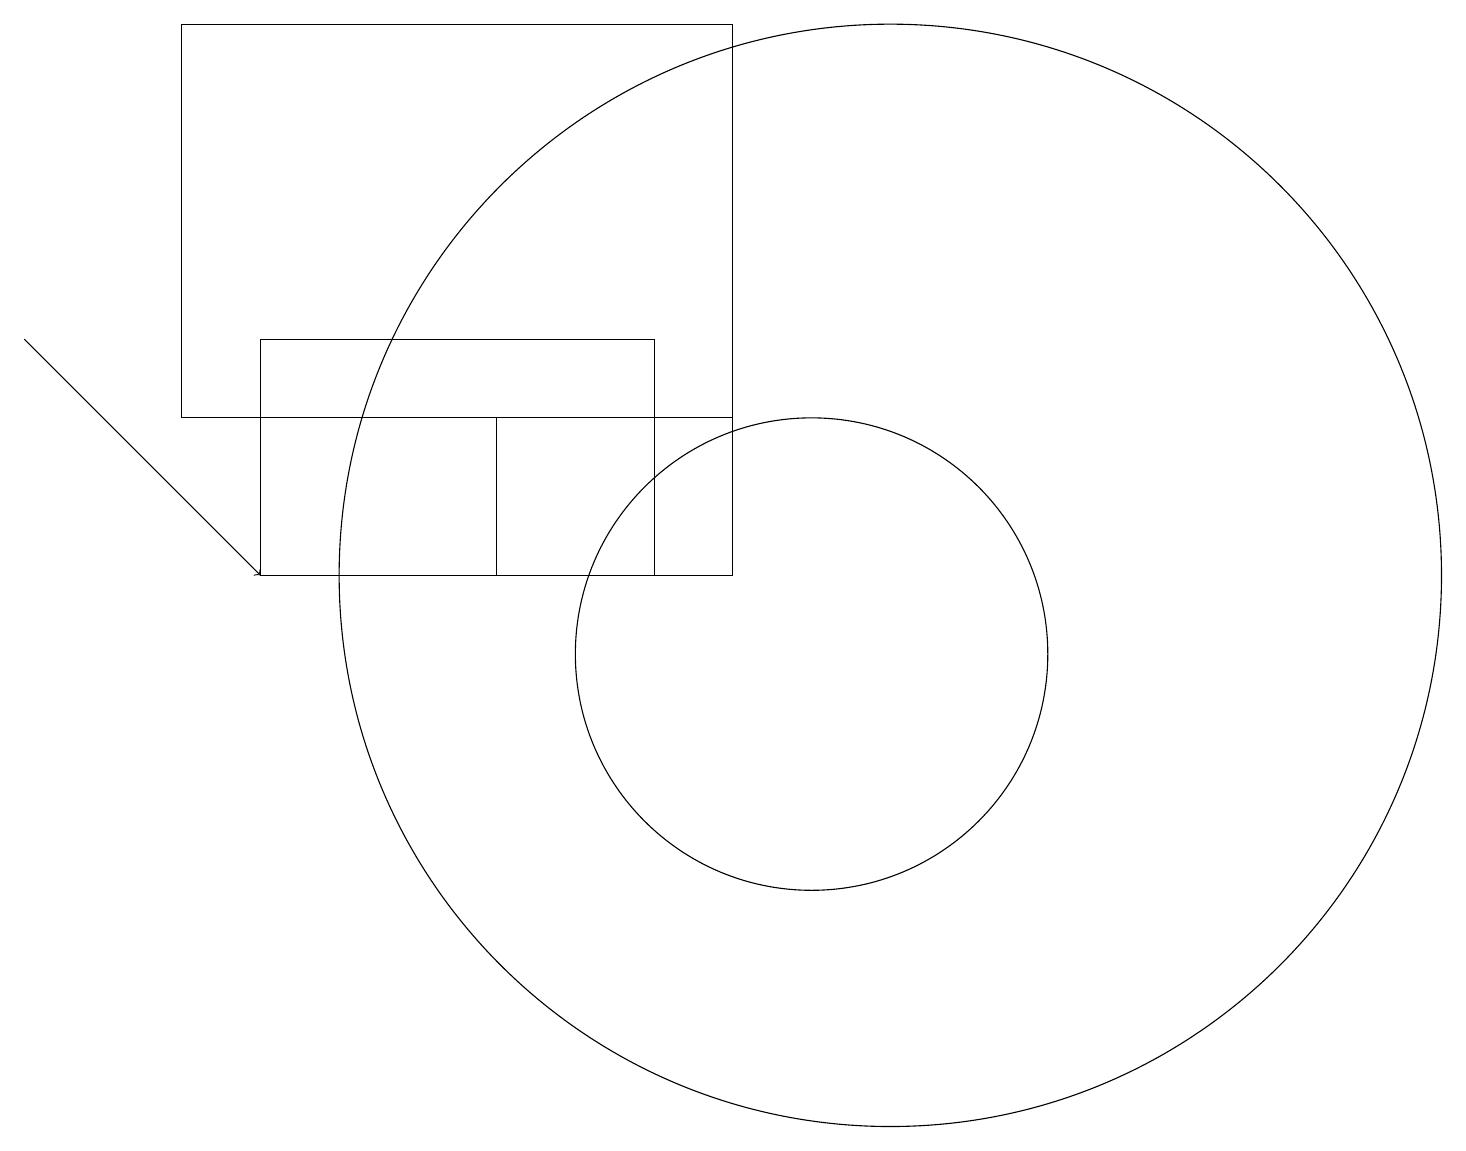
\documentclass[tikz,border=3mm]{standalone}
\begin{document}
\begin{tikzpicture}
\draw (10,11) circle (3);
\draw (2,14) rectangle (9,19);
\draw[->] (0,15) -- (3,12);
\draw (8,15) rectangle (3,12);
\draw (11,12) circle (7);
\draw (6,14) rectangle (9,12);
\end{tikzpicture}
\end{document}